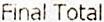
FINAL TOTAL